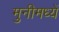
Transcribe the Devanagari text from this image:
मुनीमध्यें